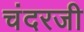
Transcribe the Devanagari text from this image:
चंदरजी